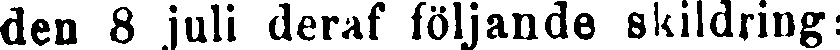
den 8 juli deraf följande skildring: